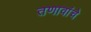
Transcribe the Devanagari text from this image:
तणावांचे